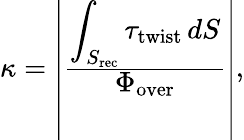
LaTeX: \begin{array}{r}{\kappa=\left|\frac{\displaystyle\int_{S_{\mathrm{rec}}}\tau_{\mathrm{twist}}\, dS}{\displaystyle\Phi_{\mathrm{over}}}\right|,}\end{array}